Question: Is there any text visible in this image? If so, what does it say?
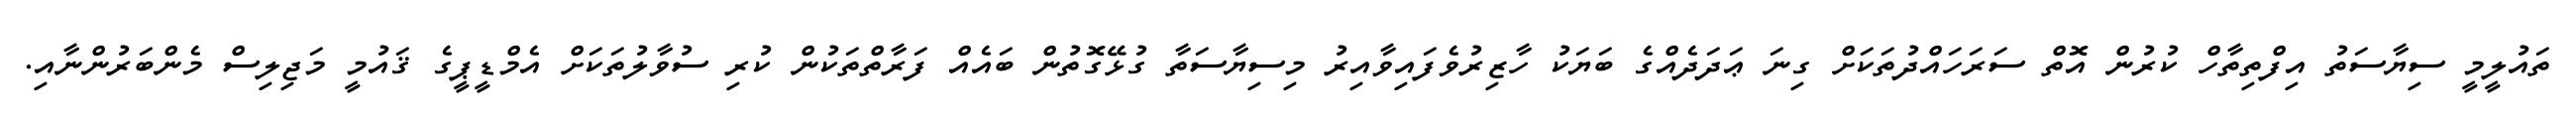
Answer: ތައުލީމީ ސިޔާސަތު އިފްތިތާހް ކުރުން އޮތް ސަރަހައްދުތަކަށް ގިނަ ޢަދަދެއްގެ ބަޔަކު ހާޒިރުވެފައިވާއިރު މިސިޔާސަތާ ގުޅޭގޮތުން ބައެއް ފަރާތްތަކުން ކުރި ސުވާލުތަކަށް އެމްޑީޕީގެ ޤައުމީ މަޖިލިސް މެންބަރުންނާއި.